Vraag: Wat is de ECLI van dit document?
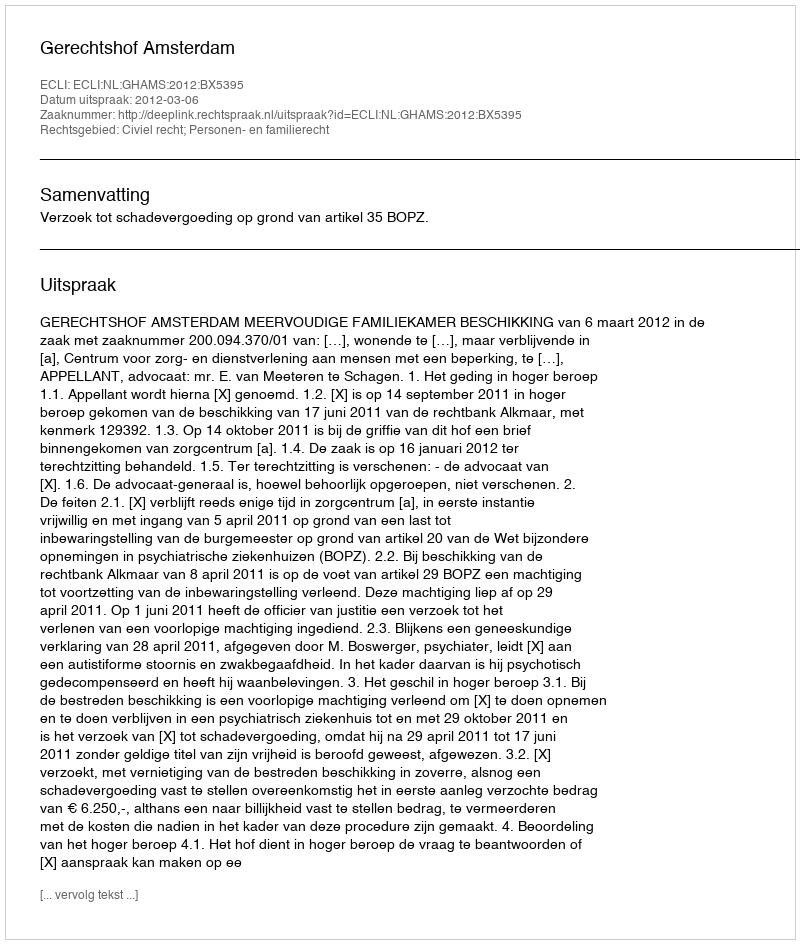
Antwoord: ECLI:NL:GHAMS:2012:BX5395